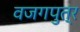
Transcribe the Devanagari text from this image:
वजगपुत्र